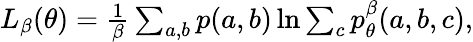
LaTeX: \begin{array}{r}{L_{\beta}(\theta)=\frac{1}{\beta}\sum_{a,b}p(a,b)\ln\sum_{c}p_{\theta}^{\beta}(a,b,c),}\end{array}